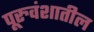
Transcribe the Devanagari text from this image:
पूरुवंशातील